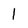
Character: l